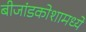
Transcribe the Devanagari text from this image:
बीजांडकोशामध्ये